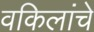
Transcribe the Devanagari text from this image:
वकिलांचे